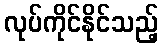
လုပ်ကိုင်နိုင်သည့်